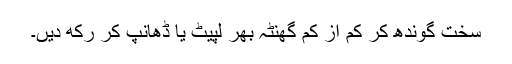
سخت گوندھ کر کم از کم گھنٹہ بھر لپیٹ یا ڈھانپ کر رکھ دیں۔